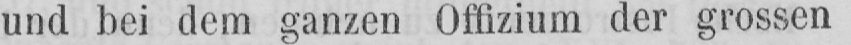
und bei dem ganzen Offizium der grossen